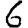
Digit: 6